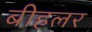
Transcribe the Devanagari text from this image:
बीहलर